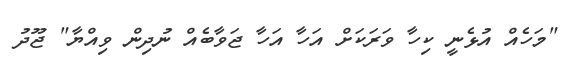
"މަހެއް އުޅެނީ ކިހާ ވަރަކަށް އަހާ އަހާ ޖަވާބެއް ނުދިން ވިއްޔާ" ޖޫދު